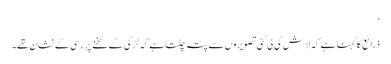
‘
ذرائع کا کہنا ہے کہ لاش کی لی گئی تصویروں سے پتہ چلتا ہے کہ لڑکی کےٹخنے پر رسی کے نشان تھے۔